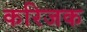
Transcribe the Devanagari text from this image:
करिजक